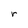
Character: r